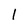
Character: l